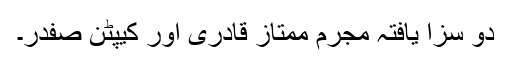
دو سزا یافتہ مجرم ممتاز قادری اور کیپٹن صفدر۔